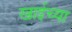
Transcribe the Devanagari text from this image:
खाईच्या